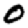
Digit: 0